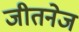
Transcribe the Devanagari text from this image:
जीतनेज